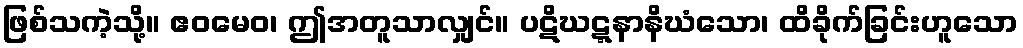
ဖြစ်သကဲ့သို့။ ဧဝမေဝ၊ ဤအတူသာလျှင်။ ပဋိဃဋ္ဋနာနိဃံသော၊ ထိခိုက်ခြင်းဟူသော